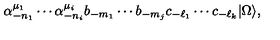
\alpha _ { - n _ { 1 } } ^ { \mu _ { 1 } } \cdots \alpha _ { - n _ { i } } ^ { \mu _ { i } } b _ { - m _ { 1 } } \cdots b _ { - m _ { j } } c _ { - \ell _ { 1 } } \cdots c _ { - \ell _ { k } } | \Omega \rangle ,